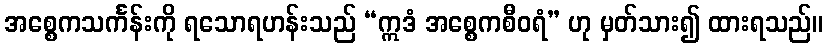
အစ္စေကသင်္ကန်းကို ရသောရဟန်းသည် “ဣဒံ အစ္စေကစီဝရံ” ဟု မှတ်သား၍ ထားရသည်။